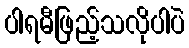
ပါရမီဖြည့်သလိုပါပဲ